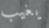
يغيب